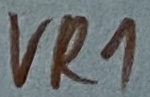
Text: VR1